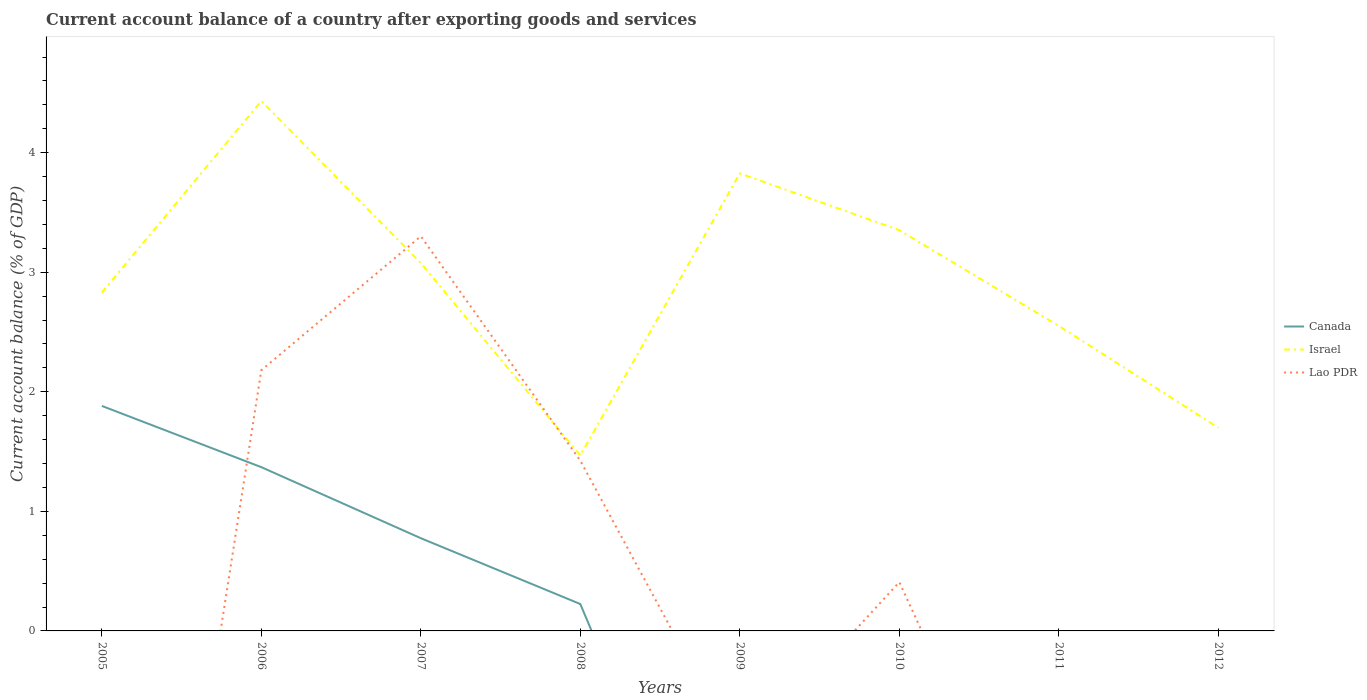
| Years | Canada | Israel | Lao PDR |
 | --- | --- | --- | --- |
 | 2005 | 1.88 | 2.83 | -6.35 |
 | 2006 | 1.37 | 4.43 | 2.18 |
 | 2007 | 0.776 | 3.08 | 3.3 |
 | 2008 | 0.225 | 1.47 | 1.42 |
 | 2009 | -2.94 | 3.83 | -1.04 |
 | 2010 | -3.51 | 3.35 | 0.408 |
 | 2011 | -2.67 | 2.55 | -2.49 |
 | 2012 | -3.27 | 1.7 | -4.41 |